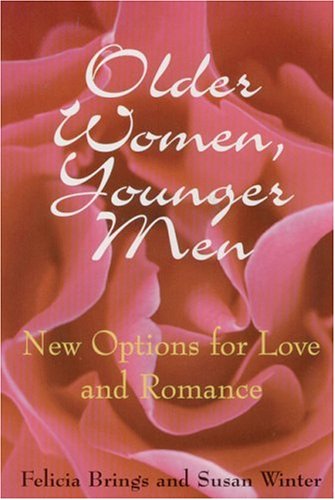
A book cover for Older Women, Younger Men: New Options for Love and Romance; Felicia Brings; Self-Help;